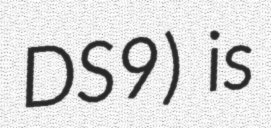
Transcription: DS9) is